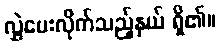
လွှဲပေးလိုက်သည့်နှယ် ရှိ၏။